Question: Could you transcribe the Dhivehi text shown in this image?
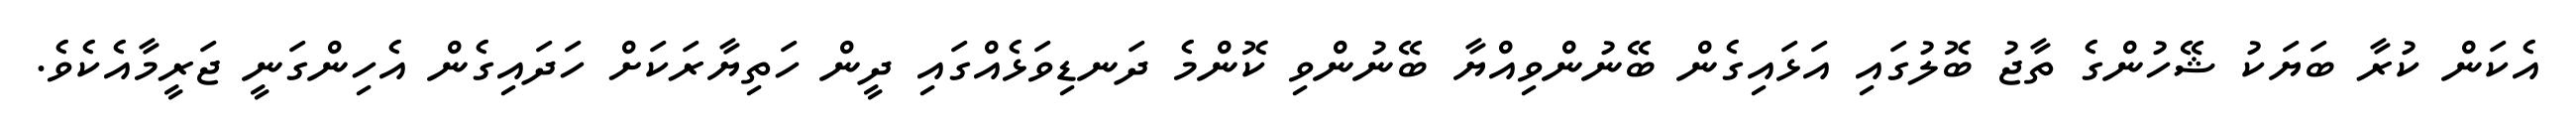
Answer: އެކަން ކުރާ ބަޔަކު ޝޭހުންގެ ތާޖު ބޮލުގައި އަޅައިގެން ބޭނުންވިއްޔާ ބޭނުންވި ކޮންމެ ދަނޑިވަޅެއްގައި ދީން ހަތިޔާރަކަށް ހަދައިގެން އެހިންގަނީ ޖަރީމާއެކެވެ.